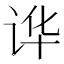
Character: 𲂊